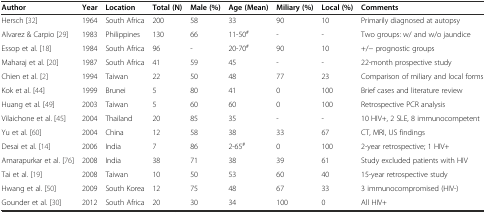
| Author | Year | Location | Total (N) | Male (%) | Age (Mean) | Miliary (%) | Local (%) | Comments |
 | --- | --- | --- | --- | --- | --- | --- | --- | --- |
 | Hersch [32] | 1964 | South Africa | 200 | 58 | 33 | 90 | 10 | Primarily diagnosed at autopsy |
 | Alvarez & Carpio [29] | 1983 | Philippines | 130 | 66 | 11-50# | - | - | Two groups: w/ and w/o jaundice |
 | Essop et al. [18] | 1984 | South Africa | 96 | - | 20-70# | 90 | 10 | +/− prognostic groups |
 | Maharaj et al. [20] | 1987 | South Africa | 41 | 59 | 45 | - | - | 22-month prospective study |
 | Chien et al. [2] | 1994 | Taiwan | 22 | 50 | 48 | 77 | 23 | Comparison of miliary and local forms |
 | Kok et al. [44] | 1999 | Brunei | 5 | 80 | 41 | 0 | 100 | Brief cases and literature review |
 | Huang et al. [49] | 2003 | Taiwan | 5 | 60 | 60 | 0 | 100 | Retrospective PCR analysis |
 | Vilaichone et al. [45] | 2004 | Thailand | 20 | 85 | 35 | - | - | 10 HIV+, 2 SLE, 8 immunocompetent |
 | Yu et al. [60] | 2004 | China | 12 | 58 | 38 | 33 | 67 | CT, MRI, US findings |
 | Desai et al. [14] | 2006 | India | 7 | 86 | 2-65# | 0 | 100 | 2-year retrospective; 1 HIV+ |
 | Amarapurkar et al. [76] | 2008 | India | 38 | 71 | 38 | 39 | 61 | Study excluded patients with HIV |
 | Tai et al. [19] | 2008 | Taiwan | 10 | 50 | 53 | 60 | 40 | 15-year retrospective study |
 | Hwang et al. [50] | 2009 | South Korea | 12 | 75 | 48 | 67 | 33 | 3 immunocompromised (HIV-) |
 | Gounder et al. [30] | 2012 | South Africa | 20 | 30 | 34 | 100 | 0 | All HIV+ |